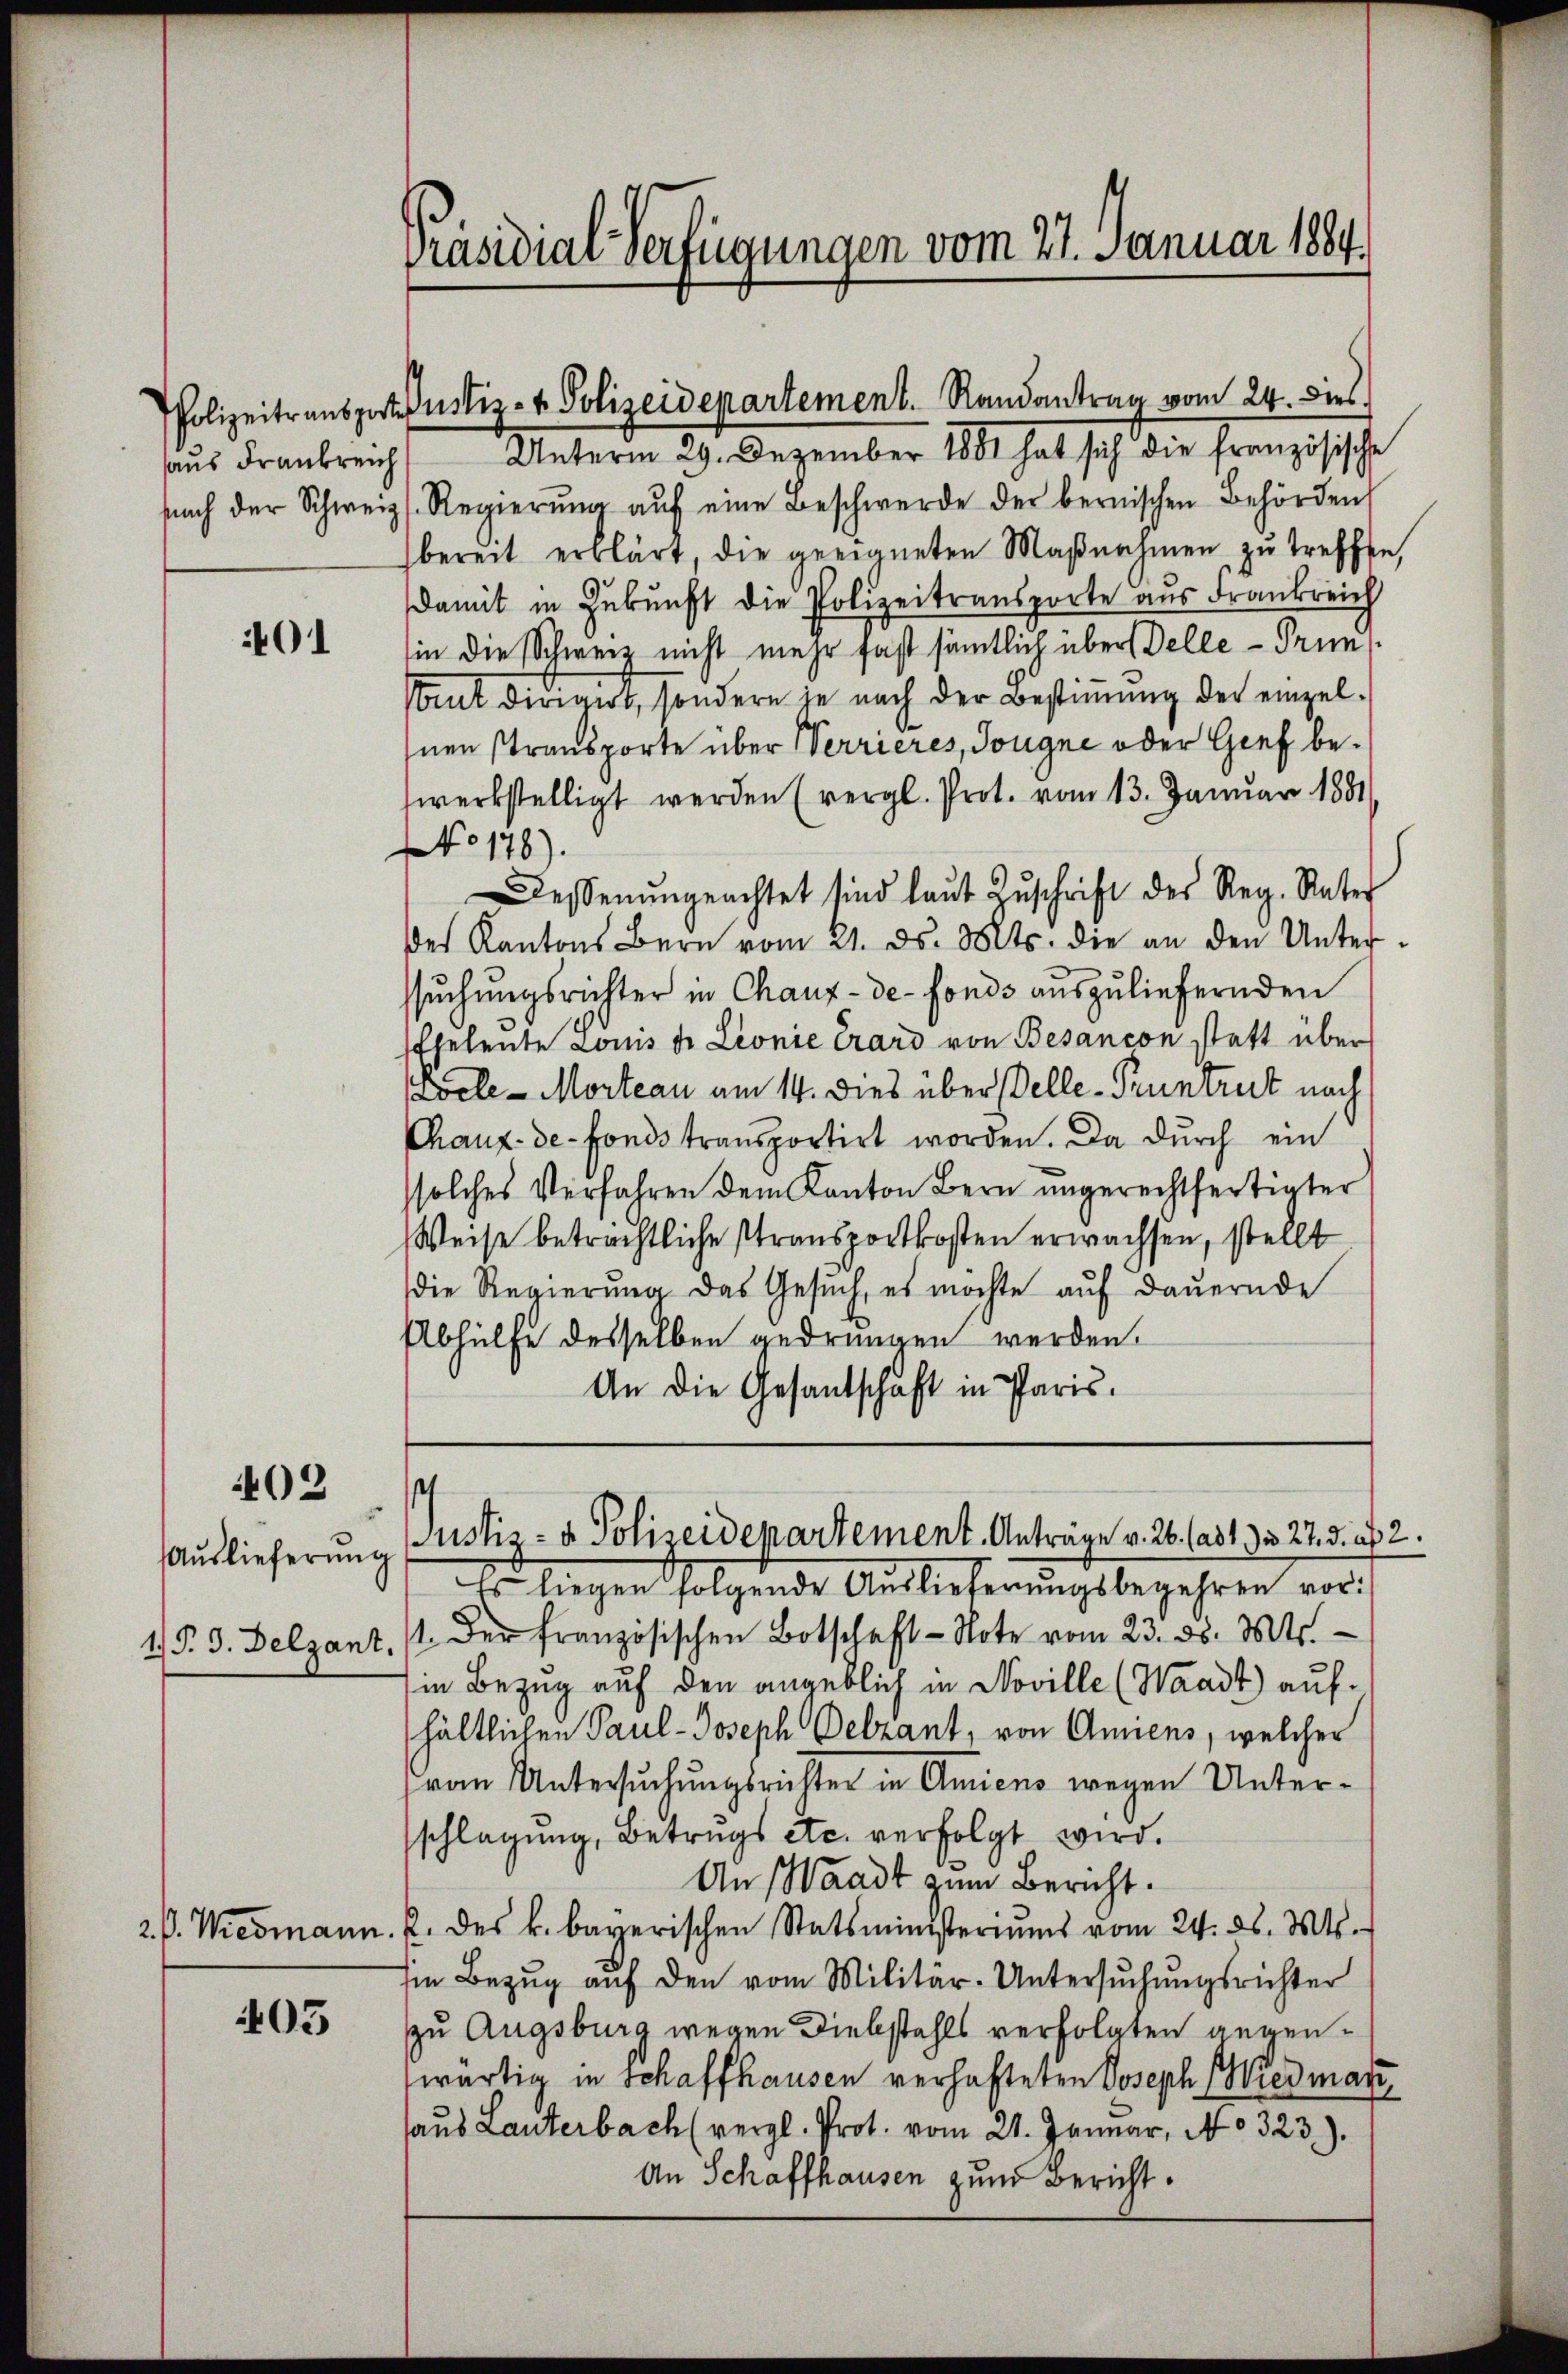
aus Drankreich

401

402

Auslieferung
1.P. 9. Delzant.

403

Präsidial-Verfügungen vom 27. Januar 1804.

Polizeitransportiustiz- & Polizeidepartement. Randantrag vom 24. dies

Unterm 29. Dezember 1881 hat sich die französische
sŭch der Schweiz. Regierŭng aŭf eine Beschwerde der bernischen Behörden
bereit erklärt, die geeigneten Maβnahmen zŭ treffen,
damit in Zukunft die Polizeitransporte aus Frankreich
in die Schweiz nicht mehr fast sämtlich überstelle - Prunsmut dirigirt, sondern je nach der Bestimmung der einzel¬
Inen Stransporte über Werrieres, Tougne oder Genf bezwerkstelligt werden (vergl. Prot. vom 13. Januar 1881/
No 178).
Dessenŭngeachtet sind laŭt Zŭschrift des Reg. Rater
des Kantons Bern vom 21. ds. Mts. die an den Unterssuchungsrichter in Chaux-de-Fonds auszuliefernden
Eheleute Louis dr Lionie Crard von Besancon statt über
Coele - Morteau am 14. Dies über Delle - Pruntrut nach
Chaux-de-Fonds transportirt worden. Da dŭrch ein
solches Verfahren dem Kanton Bern ungerechtfertigter
Weise beträchtliche Stransportkosten erwachsen, stellt
die Regierŭng. Das Gesŭch, es möchte aŭf dauernde
Abhülfe desselben gedrungen werden.
An die Gesantschaft in Paris.

.
Justiz- & Polizeidepartement. Anträge v. 26. (ad 1. u 225. u 2.

Es liegen folgende Auslieferungsbegehren vor:
/. der französischen Botschaft-Note vom 23. ds. Mts.
in Bezug auf den angeblich in Noville (Waadt) aufhältlichen Paul-Joseph Oelzant, von Amiens, welcher
von Untersuchungsrichter in Amiens wegen Unterschlagung, Betrugs etc. verfolgt wird.
An (Waadt zum Bericht.
2. P. Wiedmann. J. des k. bayerischen Statsministeriums vom 24. d. Mts.
Ein Bezŭg aŭf den vom Militär-Untersŭchŭngsrichter
zu Augsburg wegen Diebstahls verfolgten gegenwärtig in Schaffhausen verhafteten Joseph Wiedman
haŭs Lauterbach (vergl. Prot. vom 21. Januar, No 323).
An Schaffhausen zum Bericht.